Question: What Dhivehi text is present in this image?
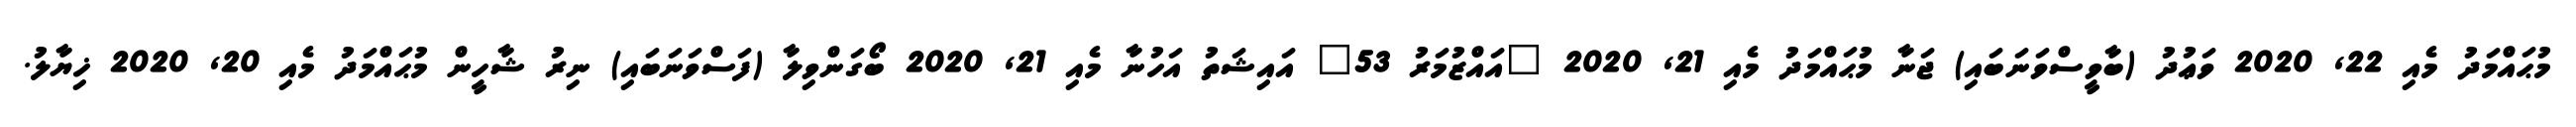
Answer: މުޙައްމަދު މެއި 22, 2020 ވަޢުދު (ބާވީސްވަނަބައި) ޖަނާ މުޙައްމަދު މެއި 21, 2020 "އައްޒުމަރު 53" އައިޝަތު އަހުނާ މެއި 21, 2020 ބޯގަންވިލާ (ފަސްވަނަބައި) ނިރު ޝާހީން މުޙައްމަދު މެއި 20, 2020 ޚިޔާލު.